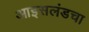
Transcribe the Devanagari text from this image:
आइसलंडचा